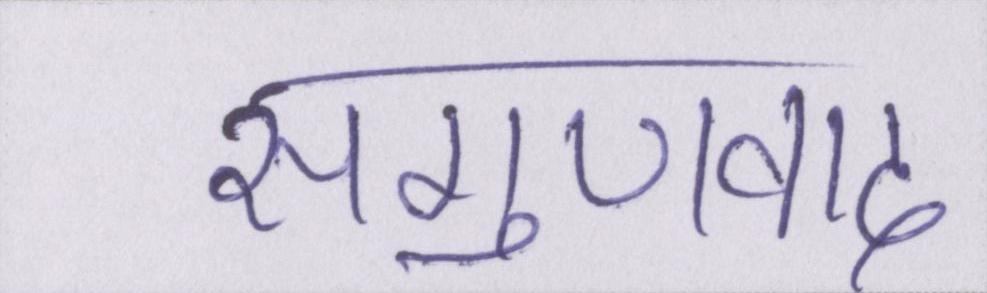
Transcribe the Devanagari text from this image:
सगुणवाद